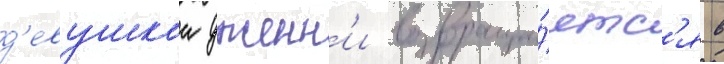
д'евушкои дженн'и возвраща́етс'я в